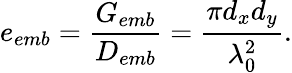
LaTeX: e_{emb}=\frac{G_{emb}}{D_{emb}}=\frac{\pi d_{x}d_{y}}{\lambda_{0}^{2}}.